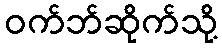
ဝက်ဘ်ဆိုက်သို့